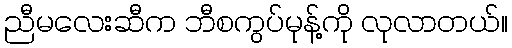
ညီမလေးဆီက ဘီစကွပ်မုန့်ကို လုလာတယ်။